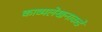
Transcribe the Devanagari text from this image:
काव्यलेखनाकडे